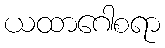
ယထာဂေါစရာ